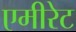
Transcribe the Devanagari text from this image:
एमीरेट